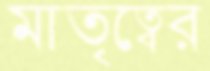
মাতৃত্বের